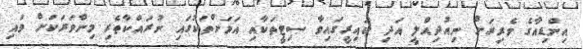
އިންޑިއާގެ ވެރިރަށް ނިއުދިއްލީ އަދި ކައިރީގައިވާ ސިޓީތަކާއި އަވަށްތަކުގައި ނުރައްކާތެރި މިންވަރަކަށް ވައި